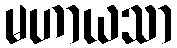
မဟာယသာ